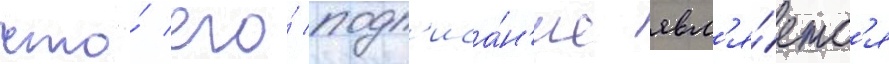
что́ его́ подп'иса́н'ие явл'я́етс'я